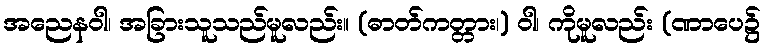
အညေနဝါ၊ အခြားသူသည်မူလည်း။ (ဓာတ်ကတ္တား၊) ဝါ၊ ကိုမူလည်း (ဏာပေ၌